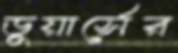
ডুয়ার্সের